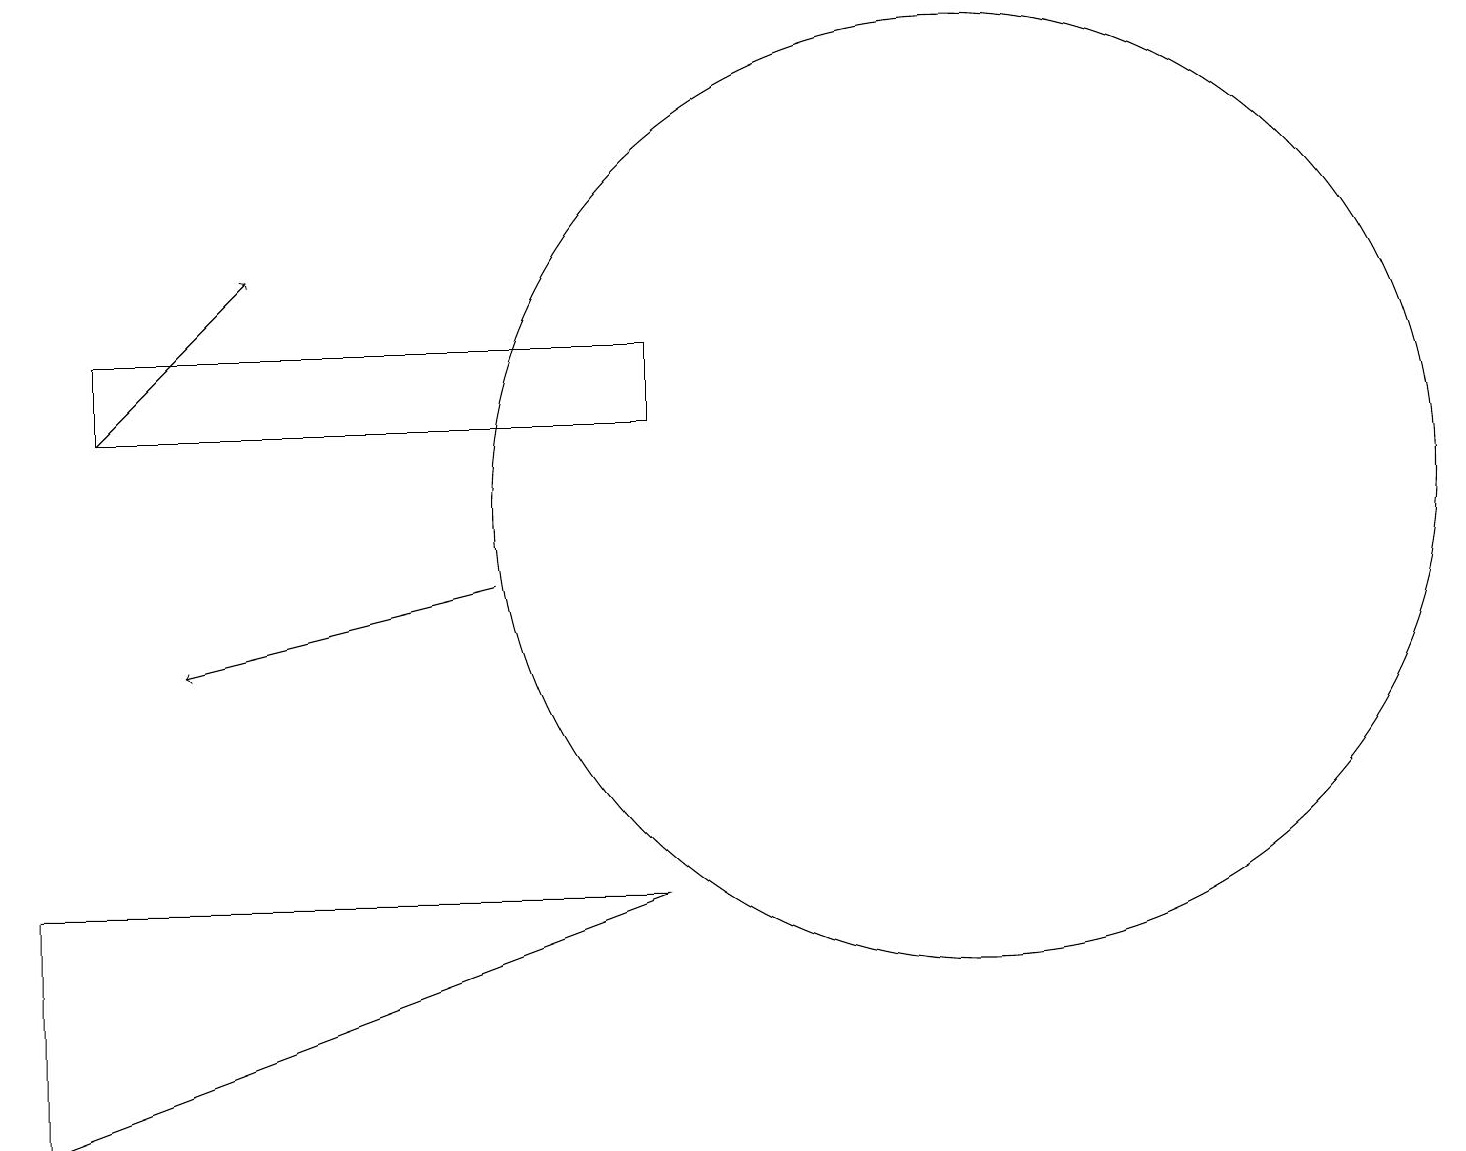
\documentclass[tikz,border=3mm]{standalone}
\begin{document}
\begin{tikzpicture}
\draw (12,12) circle (6);
\draw[->] (1,13) -- (3,15);
\draw (8,13) rectangle (1,14);
\draw[->] (6,11) -- (2,10);
\draw (8,7) -- (0,4) -- (0,7) -- cycle;
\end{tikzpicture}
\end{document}